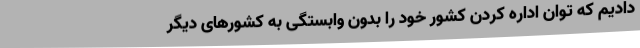
دادیم که توان اداره کردن کشور خود را بدون وابستگی به کشورهای دیگر